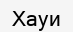
Хауи